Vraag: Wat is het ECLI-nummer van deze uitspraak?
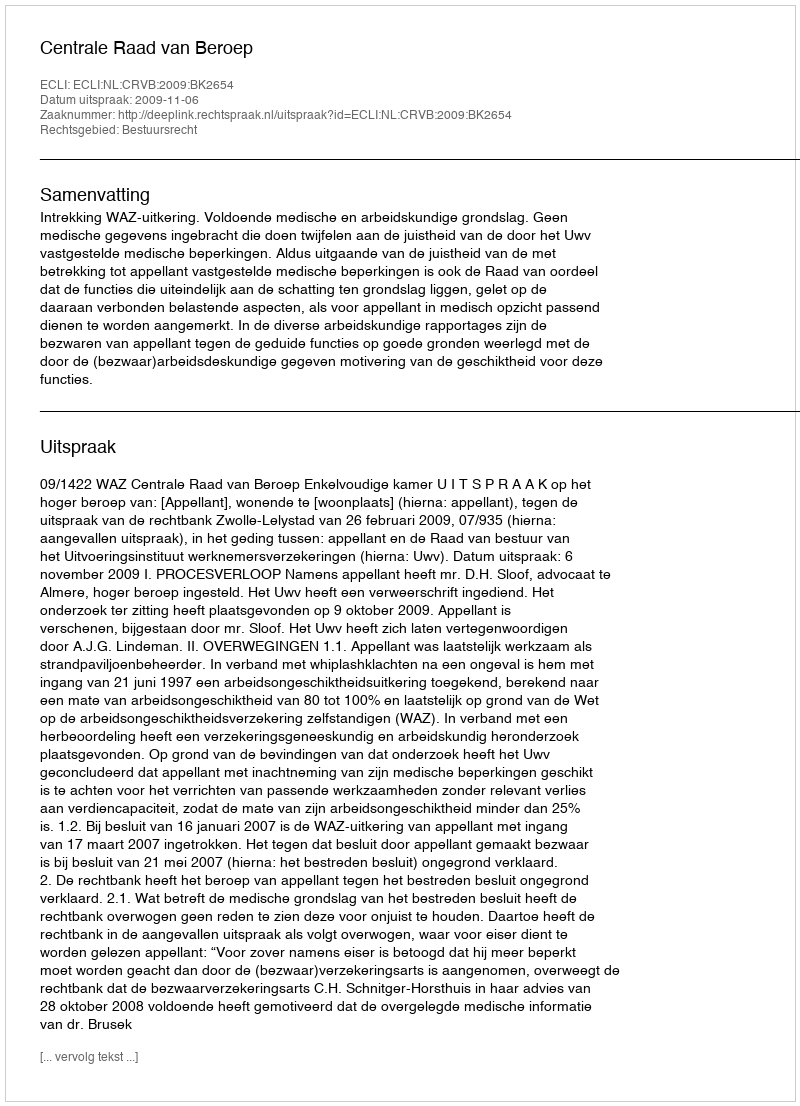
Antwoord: ECLI:NL:CRVB:2009:BK2654